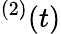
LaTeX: ^{(2)}(t)